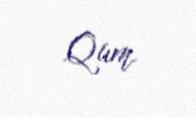
Qum